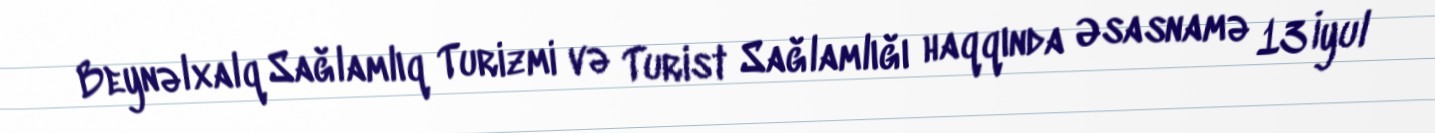
Beynəlxalq Sağlamlıq Turizmi və Turist Sağlamlığı haqqında Əsasnamə 13 İyul